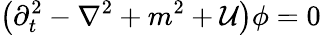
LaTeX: \left({\partial}_{t}^{2}-{\mathbf\nabla}^{2}+m^{2}+{\cal U}\right)\phi=0